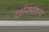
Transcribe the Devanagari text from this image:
दर्शनभावना